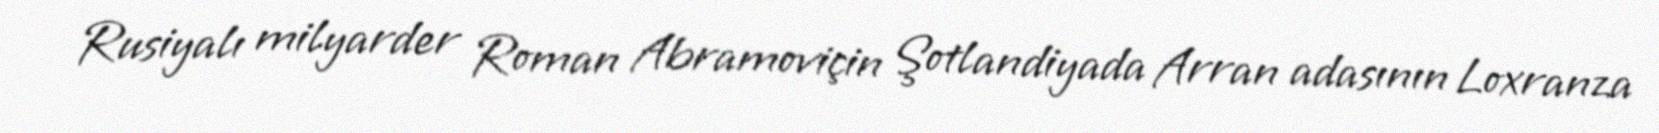
Rusiyalı milyarder Roman Abramoviçin Şotlandiyada Arran adasının Loxranza